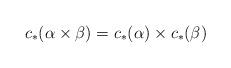
LaTeX: \begin{align*} c_*(\alpha \times \beta)= c_*(\alpha)\times c_*(\beta)\end{align*}